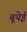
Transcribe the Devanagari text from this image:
बूयेई